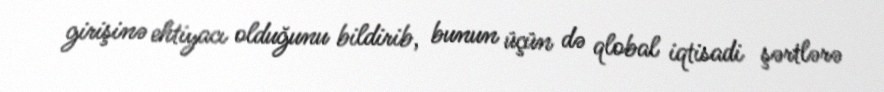
girişinə ehtiyacı olduğunu bildirib, bunun üçün də qlobal iqtisadi şərtlərə